Indian journal of veterinary science and animal husbandry - Volumes 24-25, 1954-1955
Year: 1954
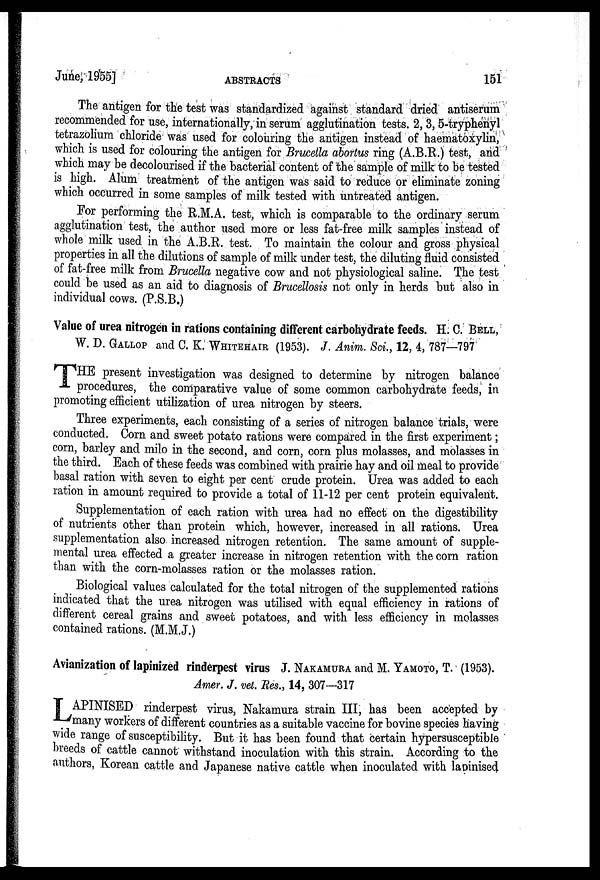
June, 1955]
ABSTRACTS
151
The antigen for the test was standardized against standard dried antiserum
recommended for use, internationally, in serum agglutination tests. 2, 3, 5-tryphenyl
tetrazolium chloride was used for colouring the antigen instead of haematoxylin,
which is used for colouring the antigen for Brucella abortus ring (A.B.R.) test, and
which may be decolourised if the bacterial content of the sample of milk to be tested
is high. Alum treatment of the antigen was said to reduce or eliminate zoning
which occurred in some samples of milk tested with untreated antigen.
For performing the R.M.A. test, which is comparable to the ordinary serum
agglutination test, the author used more or less fat-free milk samples instead of
whole milk used in the A.B.R. test. To maintain the colour and gross physical
properties in all the dilutions of sample of milk under test, the diluting fluid consisted
of fat-free milk from Brucella negative cow and not physiological saline. The test
could be used as an aid to diagnosis of Brucellosis not only in herds but also in
individual cows. (P.S.B.)
Value of urea nitrogen in rations containing different carbohydrate feeds. H. C. BELL,
W. D. GALLOP and C. K. WHITEHAIR (1953). J. Anim. Sci, 12, 4, 787—797
THE
present investigation was designed to determine by nitrogen balance
procedures, the comparative value of some common carbohydrate feeds, in
promoting efficient utilization of urea nitrogen by steers.
Three experiments, each consisting of a series of nitrogen balance trials, were
conducted. Corn and sweet potato rations were compared in the first experiment;
corn, barley and milo in the second, and corn, corn plus molasses, and molasses in
the third. Each of these feeds was combined with prairie hay and oil meal to provide
basal ration with seven to eight per cent crude protein. Urea was added to each
ration in amount required to provide a total of 11-12 per cent protein equivalent.
Supplementation of each ration with urea had no effect on the digestibility
of nutrients other than protein which, however, increased in all rations. Urea
supplementation also increased nitrogen retention. The same amount of supple-
mental urea effected a greater increase in nitrogen retention with the corn ration
than with the corn-molasses ration or the molasses ration.
Biological values calculated for the total nitrogen of the supplemented rations
indicated that the urea nitrogen was utilised with equal efficiency in rations of
different cereal grains and sweet potatoes, and with less efficiency in molasses
contained rations. (M.M.J.)
Avianization of lapinized rinderpest virus J. NAKAMURA and M. YAMOTO, T. (1953).
Amer. J. vet. Res., 14, 307—317
LAPINISED
rinderpest virus, Nakamura strain III, has been accepted by
many workers of different countries as a suitable vaccine for bovine species having
wide range of susceptibility. But it has been found that certain hypersusceptible
breeds of cattle cannot withstand inoculation with this strain. According to the
authors, Korean cattle and Japanese native cattle when inoculated with lapinised